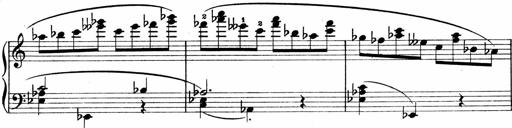
Title: Sonatina No.1
Composer: Otto Stoll
Key: C major